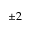
\pm 2